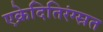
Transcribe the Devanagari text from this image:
एक्रेदितिरंग्स्रत